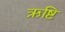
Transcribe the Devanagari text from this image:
ऋष्टि